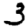
Digit: 3